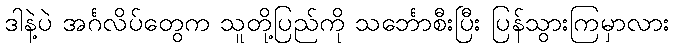
ဒါနဲ့ပဲ အင်္ဂလိပ်တွေက သူတို့ပြည်ကို သင်္ဘောစီးပြီး ပြန်သွားကြမှာလား